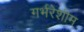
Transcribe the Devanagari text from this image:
गर्भरेशीम